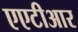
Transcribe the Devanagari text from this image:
एएटीआर